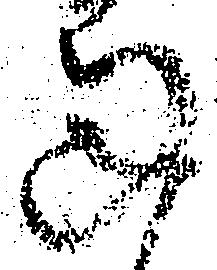
過